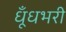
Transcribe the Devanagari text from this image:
धूँधभरी